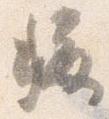
称